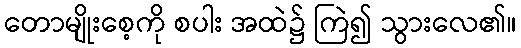
တောမျိုးစေ့ကို စပါး အထဲ၌ ကြဲ၍ သွားလေ၏။